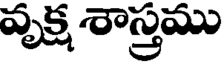
వృక్ష శాస్త్రము